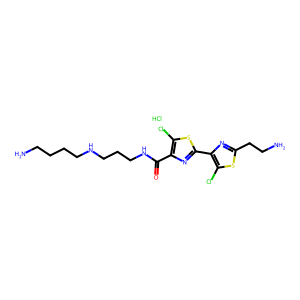
SMILES: Cl.NCCCCNCCCNC(=O)c1nc(-c2nc(CCN)sc2Cl)sc1Cl
Inhibits HIV replication: No